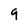
Character: 9